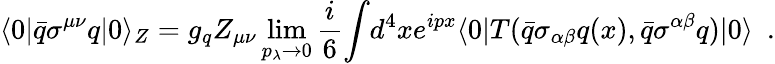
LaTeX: \langle{0}{\mid}\bar{q}{\sigma}^{\mu\nu}q{\mid}0\rangle_{Z}=g_{q}Z_{\mu\nu}\operatorname*{lim}_{p_{\lambda}\to 0}{\frac{i}{6}}{\int}d^{4}xe^{ipx}\langle 0{\mid}T(\bar{q}{\sigma}_{\alpha\beta}q(x),\bar{q}\sigma^{\alpha\beta}q){\mid}0\rangle\ \ .